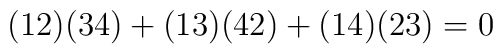
(12)(34)+(13)(42)+(14)(23)= 0